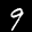
Label: 9